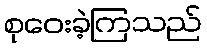
စုဝေးခဲ့ကြသည်